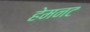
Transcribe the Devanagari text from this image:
हेमनट